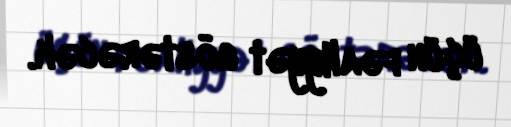
üçün fəaliyyət göstərəcək.